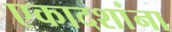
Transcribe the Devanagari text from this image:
एकादशांना